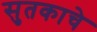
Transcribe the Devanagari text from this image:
सुतकाचे